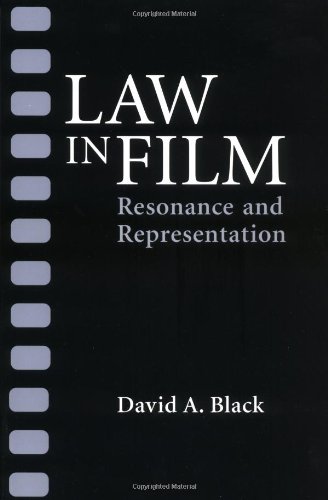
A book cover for Law in Film: RESONANCE AND REPRESENTATION; David A. Black; Law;